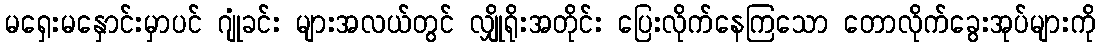
မရှေးမနှောင်းမှာပင် ဂျုံခင်း များအလယ်တွင် လျှိုရိုးအတိုင်း ပြေးလိုက်နေကြသော တောလိုက်ခွေးအုပ်များကို